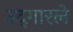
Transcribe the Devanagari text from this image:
उद्‌गारले